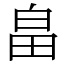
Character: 畠